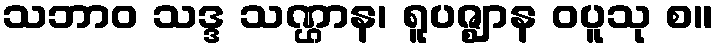
သဘာဝ သဒ္ဒ သဏ္ဌာန၊ ရူပဇ္ဈာန ဝပူသု စ။